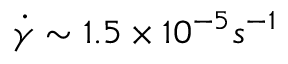
\dot { \gamma } \sim 1 . 5 \times 1 0 ^ { - 5 } s ^ { - 1 }